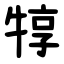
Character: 犉